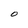
Character: O